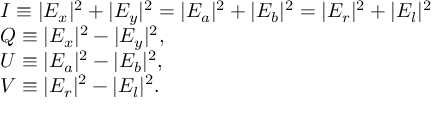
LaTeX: \begin{array} { l } { I \equiv | E _ { x } | ^ { 2 } + | E _ { y } | ^ { 2 } = | E _ { a } | ^ { 2 } + | E _ { b } | ^ { 2 } = | E _ { r } | ^ { 2 } + | E _ { l } | ^ { 2 } } \\ { Q \equiv | E _ { x } | ^ { 2 } - | E _ { y } | ^ { 2 } , } \\ { U \equiv | E _ { a } | ^ { 2 } - | E _ { b } | ^ { 2 } , } \\ { V \equiv | E _ { r } | ^ { 2 } - | E _ { l } | ^ { 2 } . } \end{array}